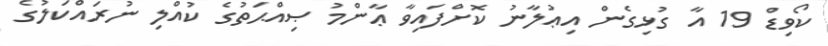
ކޯވިޑް 19 އާ ގުޅިގެން އިޢުލާނު ކޮށްފައިވާ ޢާންމު ޞިއްޙަތުގެ ކުއްލި ނުރައްކަލުގެ